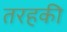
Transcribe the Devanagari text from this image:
तरहकी